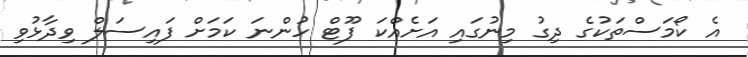
އެ ކޯމަސްތަކުގެ ދިގު މިނުގައި އަށެއްކަ ފޫޓް ހުންނަ ކަމަށް ފައިސަލް ވިދާޅުވި